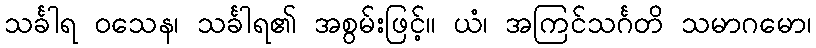
သင်္ခါရ ဝသေန၊ သင်္ခါရ၏ အစွမ်းဖြင့်။ ယံ၊ အကြင်သင်္ဂတိ သမာဂမော၊